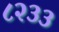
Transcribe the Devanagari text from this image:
८२३३